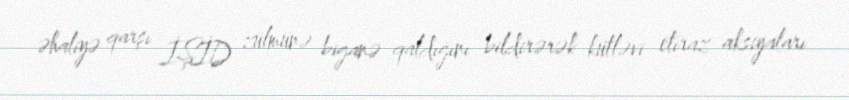
əhaliyə qarşı İŞİD zülmünə biganə qaldığını bildirərək kütləvi etiraz aksiyaları